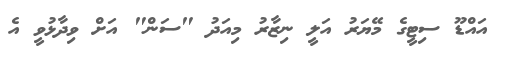
އައްޑޫ ސިޓީގެ މޭޔަރު އަލީ ނިޒާރު މިއަދު "ސަން" އަށް ވިދާޅުވީ އެ